Bréfritari: Jón Guðmundsson
Viðtakandi: Halldór Jónsson
Dagsetning: A-1853-08-27
Skrifað á: Melum, Vopnafirði  N-Múl.

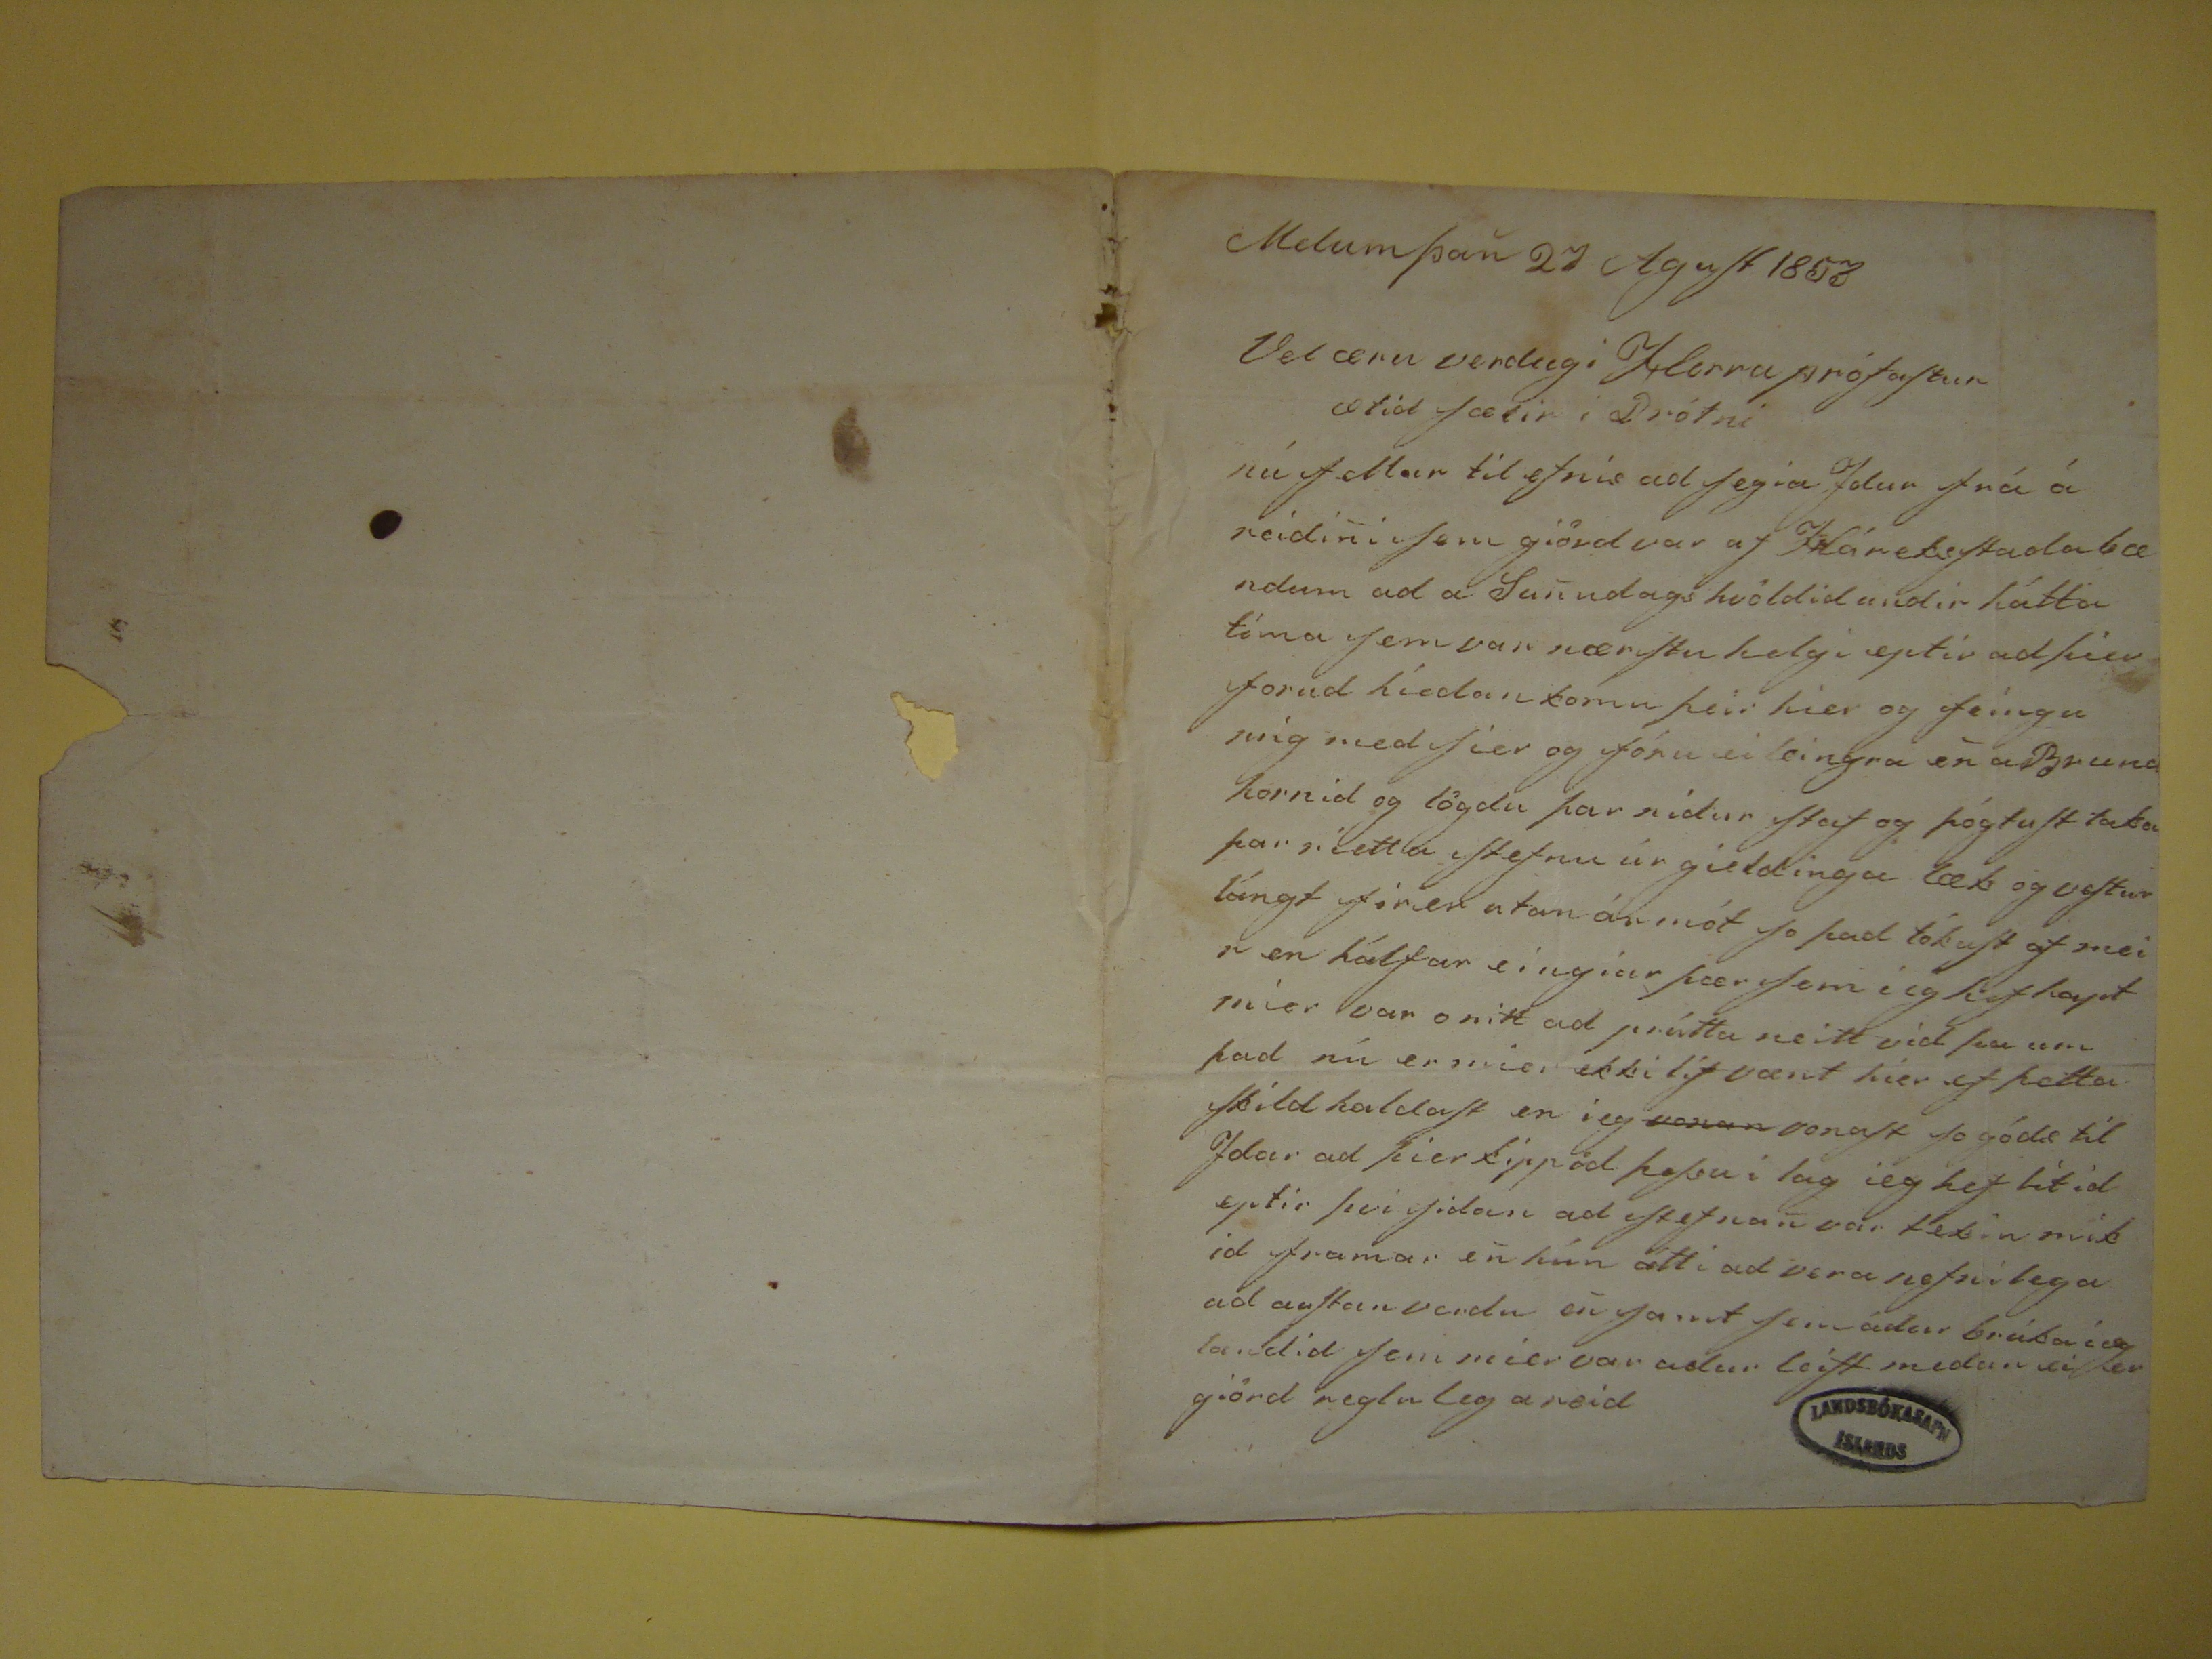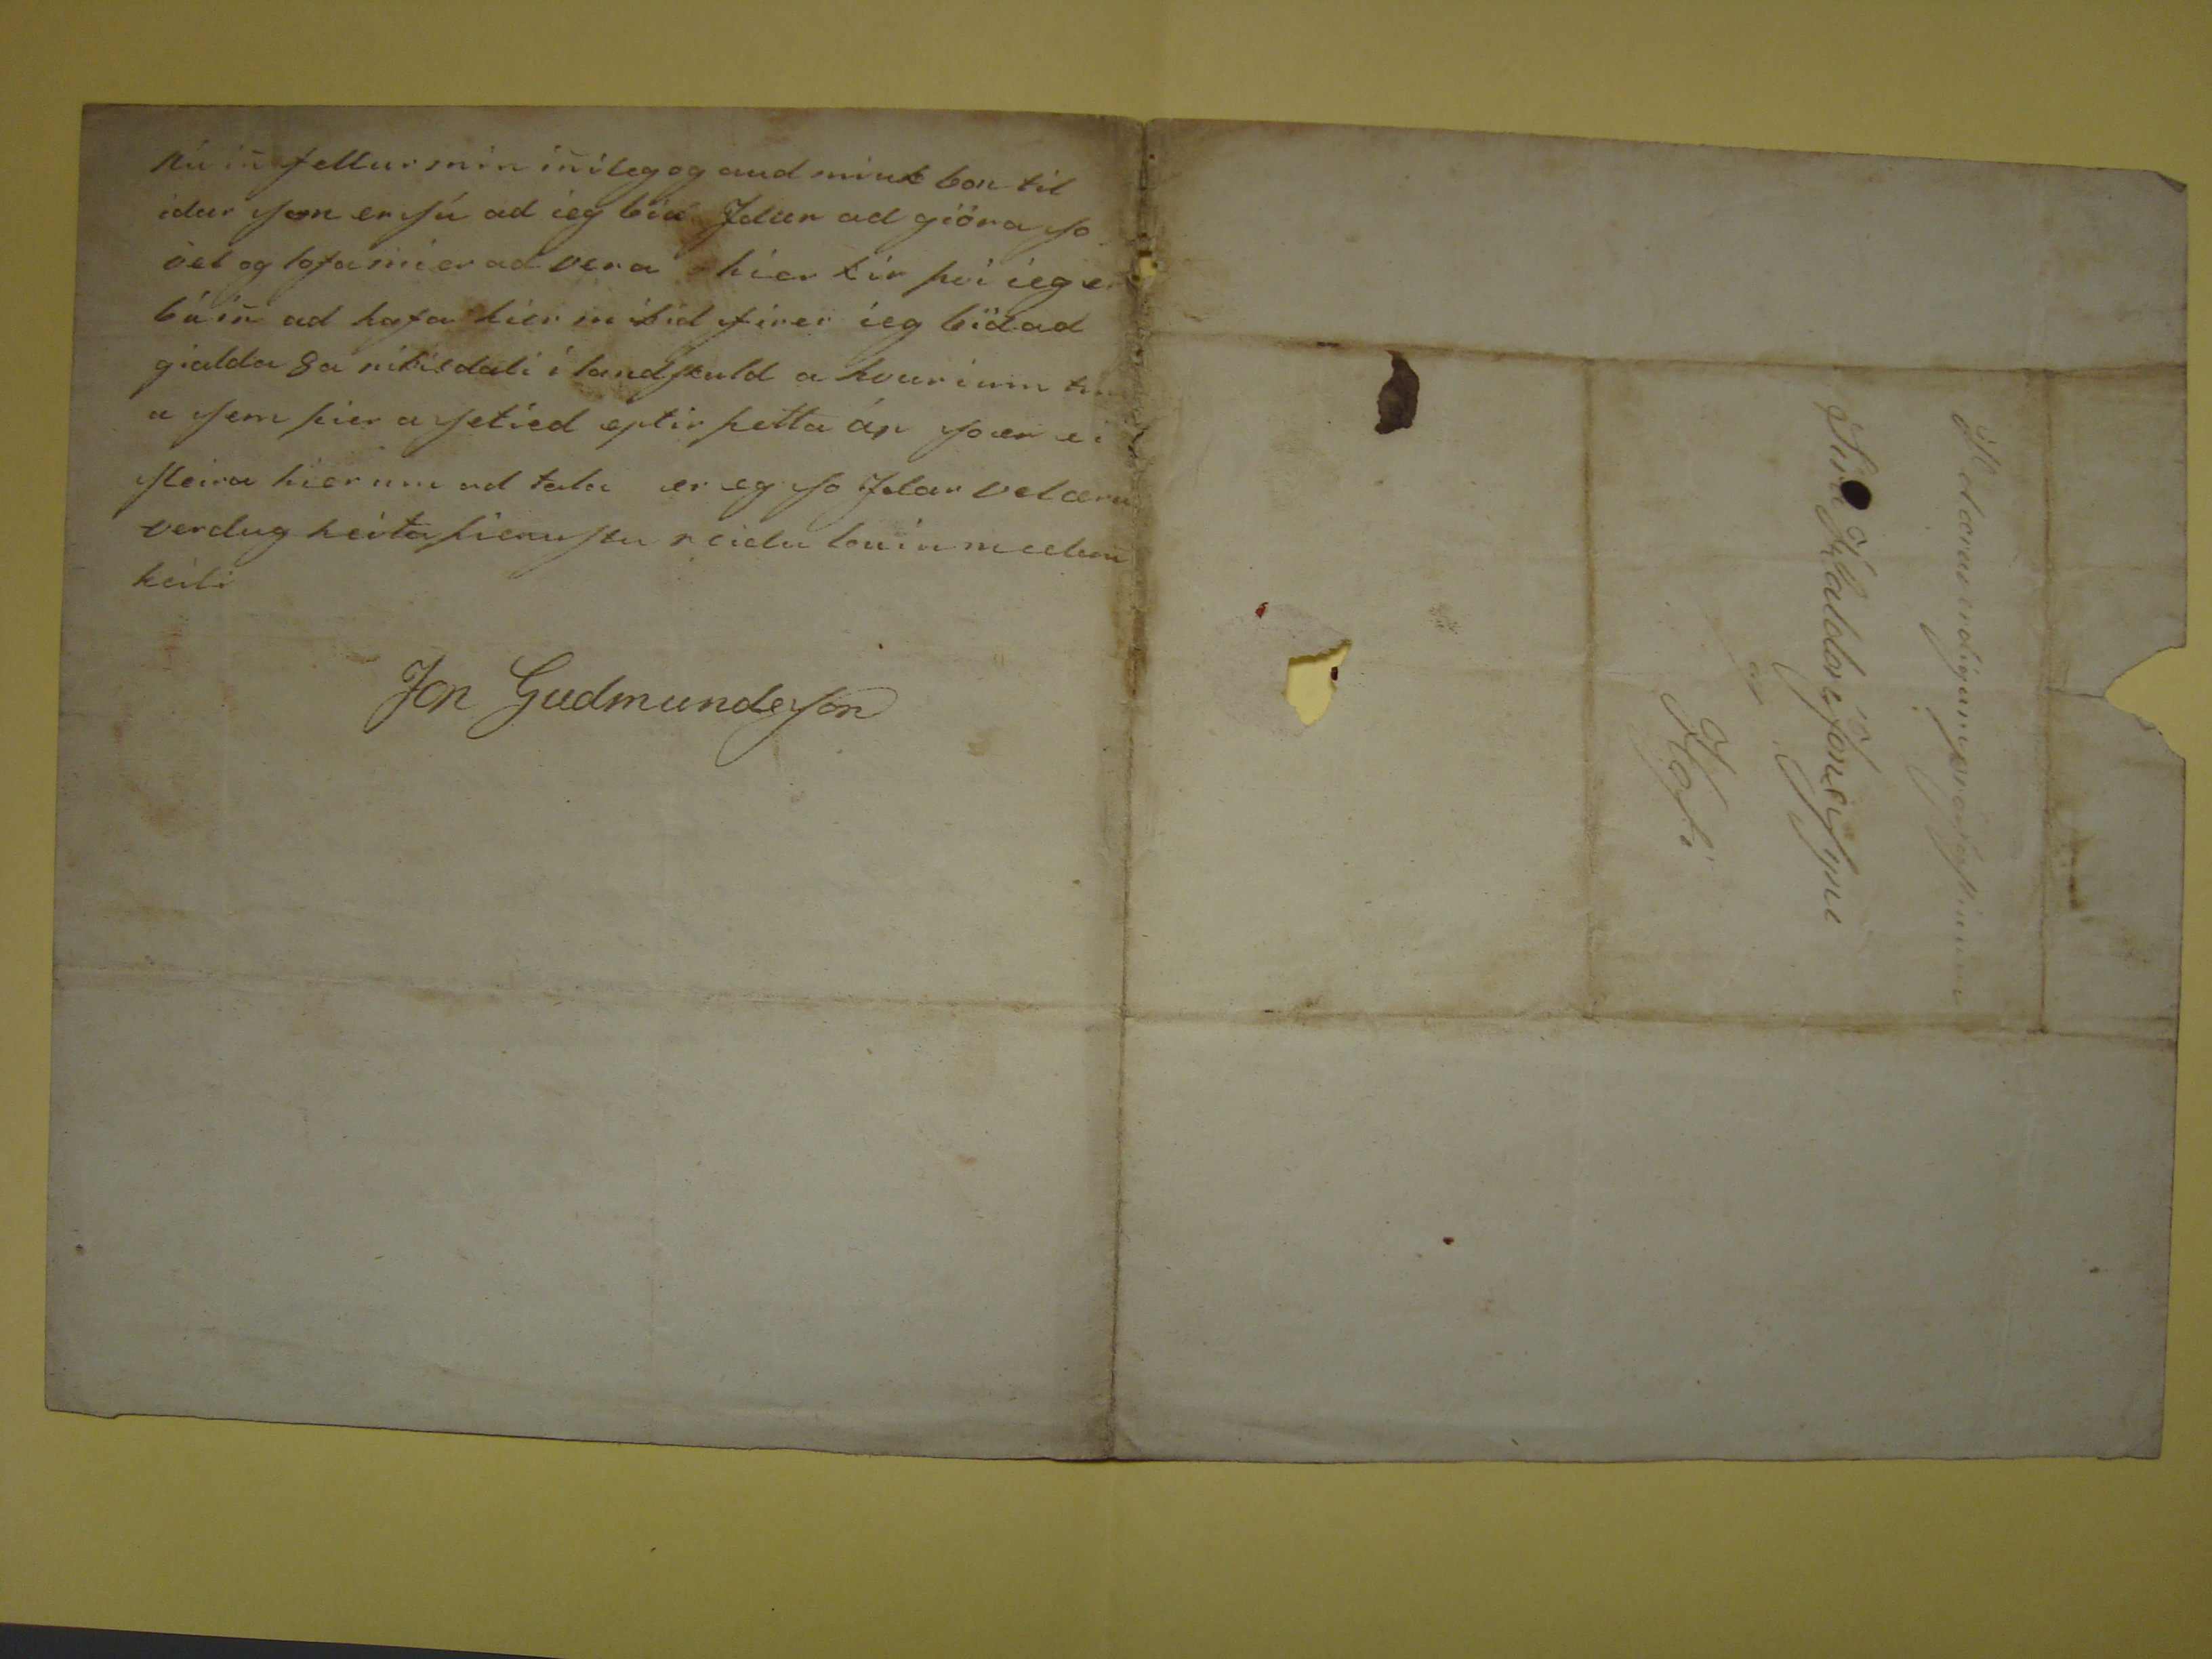

Melum þan 27 Agust 1853
Velæru verdugi Herra prófastur ætid fælir í Drótni
nú fellur til efnis ad jeg ia
Jolur
frá á reidini sem gjörd var af Hárekstadabændum ad a Sunnudagskvöldid undir háttatíma sem var nærstu
helgi eptir ad
þén
forud híedan komu þeir hier og feíngu mig med sier og fóru ei leingra en a Brunahirnid og lögdu þar nidur staf og þógtust
taka þar rietta stefnu úr gieldinga læt og vestur lángt fórer utan ármót so þad tókust af meir en hálfar eingiur þær sem í eg hef hapt mier var o nitt ad prútta neitt
vid þa um þad nú er mier ekki lif vænt hier ef þetta skild haldast en í eg
vonan
vonast so gódæ til Ydar ad þier kippöd
þesu í lag ieg hef lítid eptir því sidan ad stefnan var tekin mikid framar en hún átti ad vera nefnilega ad austanverdu en samt sem ádur brúka íeg landid sem mier var
adur leift medan ei er giörd reglouleg a reid
nú in fellur mín inileg og audmiuk bon til idur
sen
er sú ad ieg biá Idur ad giöra so vel og lofa mier ad vera hier kir því ieg er búin ad
hafa hier in bid firer ieg bidad gialda 8a rikisdali í landskuld a hvurium
tima
sem þier a setíed eptir þetta ár so er e i fleira hier um ad tala er eg
so Idar velæruverdug heita þienustu reidubuin
medan keili
Jon Gudmundsson
Velæruverdigumprófastinum
Síra HaldóríJonssyni
a/ Hofi